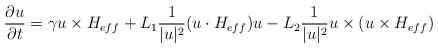
LaTeX: \begin{align*}\frac{\partial u}{\partial t}=\gamma u\times H_{eff}+L_1\frac{1}{|u|^2}(u\cdot H_{eff})u-L_2\frac{1}{|u|^2}u\times(u\times H_{eff})\end{align*}